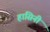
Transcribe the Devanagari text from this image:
हासिनी